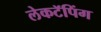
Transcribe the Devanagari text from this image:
लेकटॅपिंग